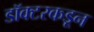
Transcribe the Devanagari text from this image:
डॉक्‍टरकडून